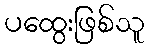
ပထွေးဖြစ်သူ